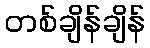
တစ်ချိန်ချိန်